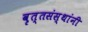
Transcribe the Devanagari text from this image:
वृत्तसंस्थांनी